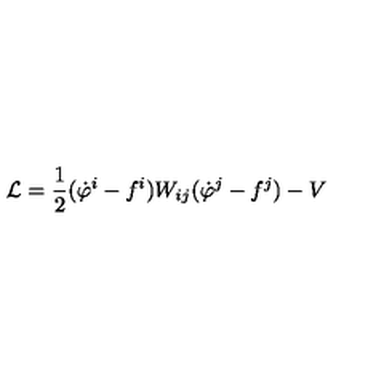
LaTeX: { \cal L } = \frac { 1 } { 2 } ( \dot { \varphi } ^ { i } - f ^ { i } ) W _ { i j } ( \dot { \varphi } ^ { j } - f ^ { j } ) - V